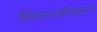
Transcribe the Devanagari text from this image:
शिफारसीवरून